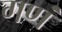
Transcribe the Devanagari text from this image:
गणं